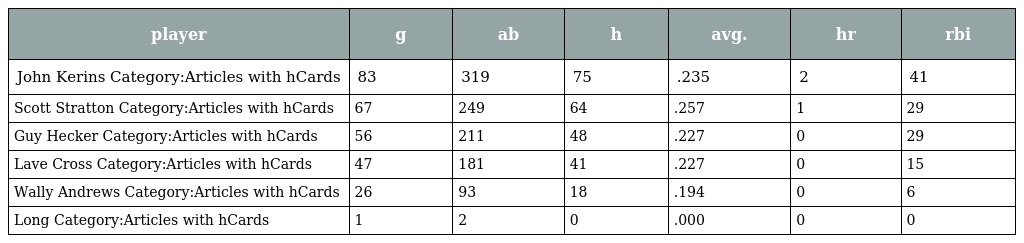
| player | g | ab | h | avg. | hr | rbi |
 | --- | --- | --- | --- | --- | --- | --- |
 | John Kerins Category:Articles with hCards | 83 | 319 | 75 | .235 | 2 | 41 |
 | Scott Stratton Category:Articles with hCards | 67 | 249 | 64 | .257 | 1 | 29 |
 | Guy Hecker Category:Articles with hCards | 56 | 211 | 48 | .227 | 0 | 29 |
 | Lave Cross Category:Articles with hCards | 47 | 181 | 41 | .227 | 0 | 15 |
 | Wally Andrews Category:Articles with hCards | 26 | 93 | 18 | .194 | 0 | 6 |
 | Long Category:Articles with hCards | 1 | 2 | 0 | .000 | 0 | 0 |